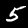
Label: 5